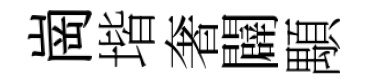
崗堦奢闢顒